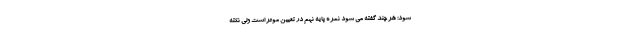
شود: هر چند گفته می شود نمره پایه نهم در تعیین موثر است ولی نکته